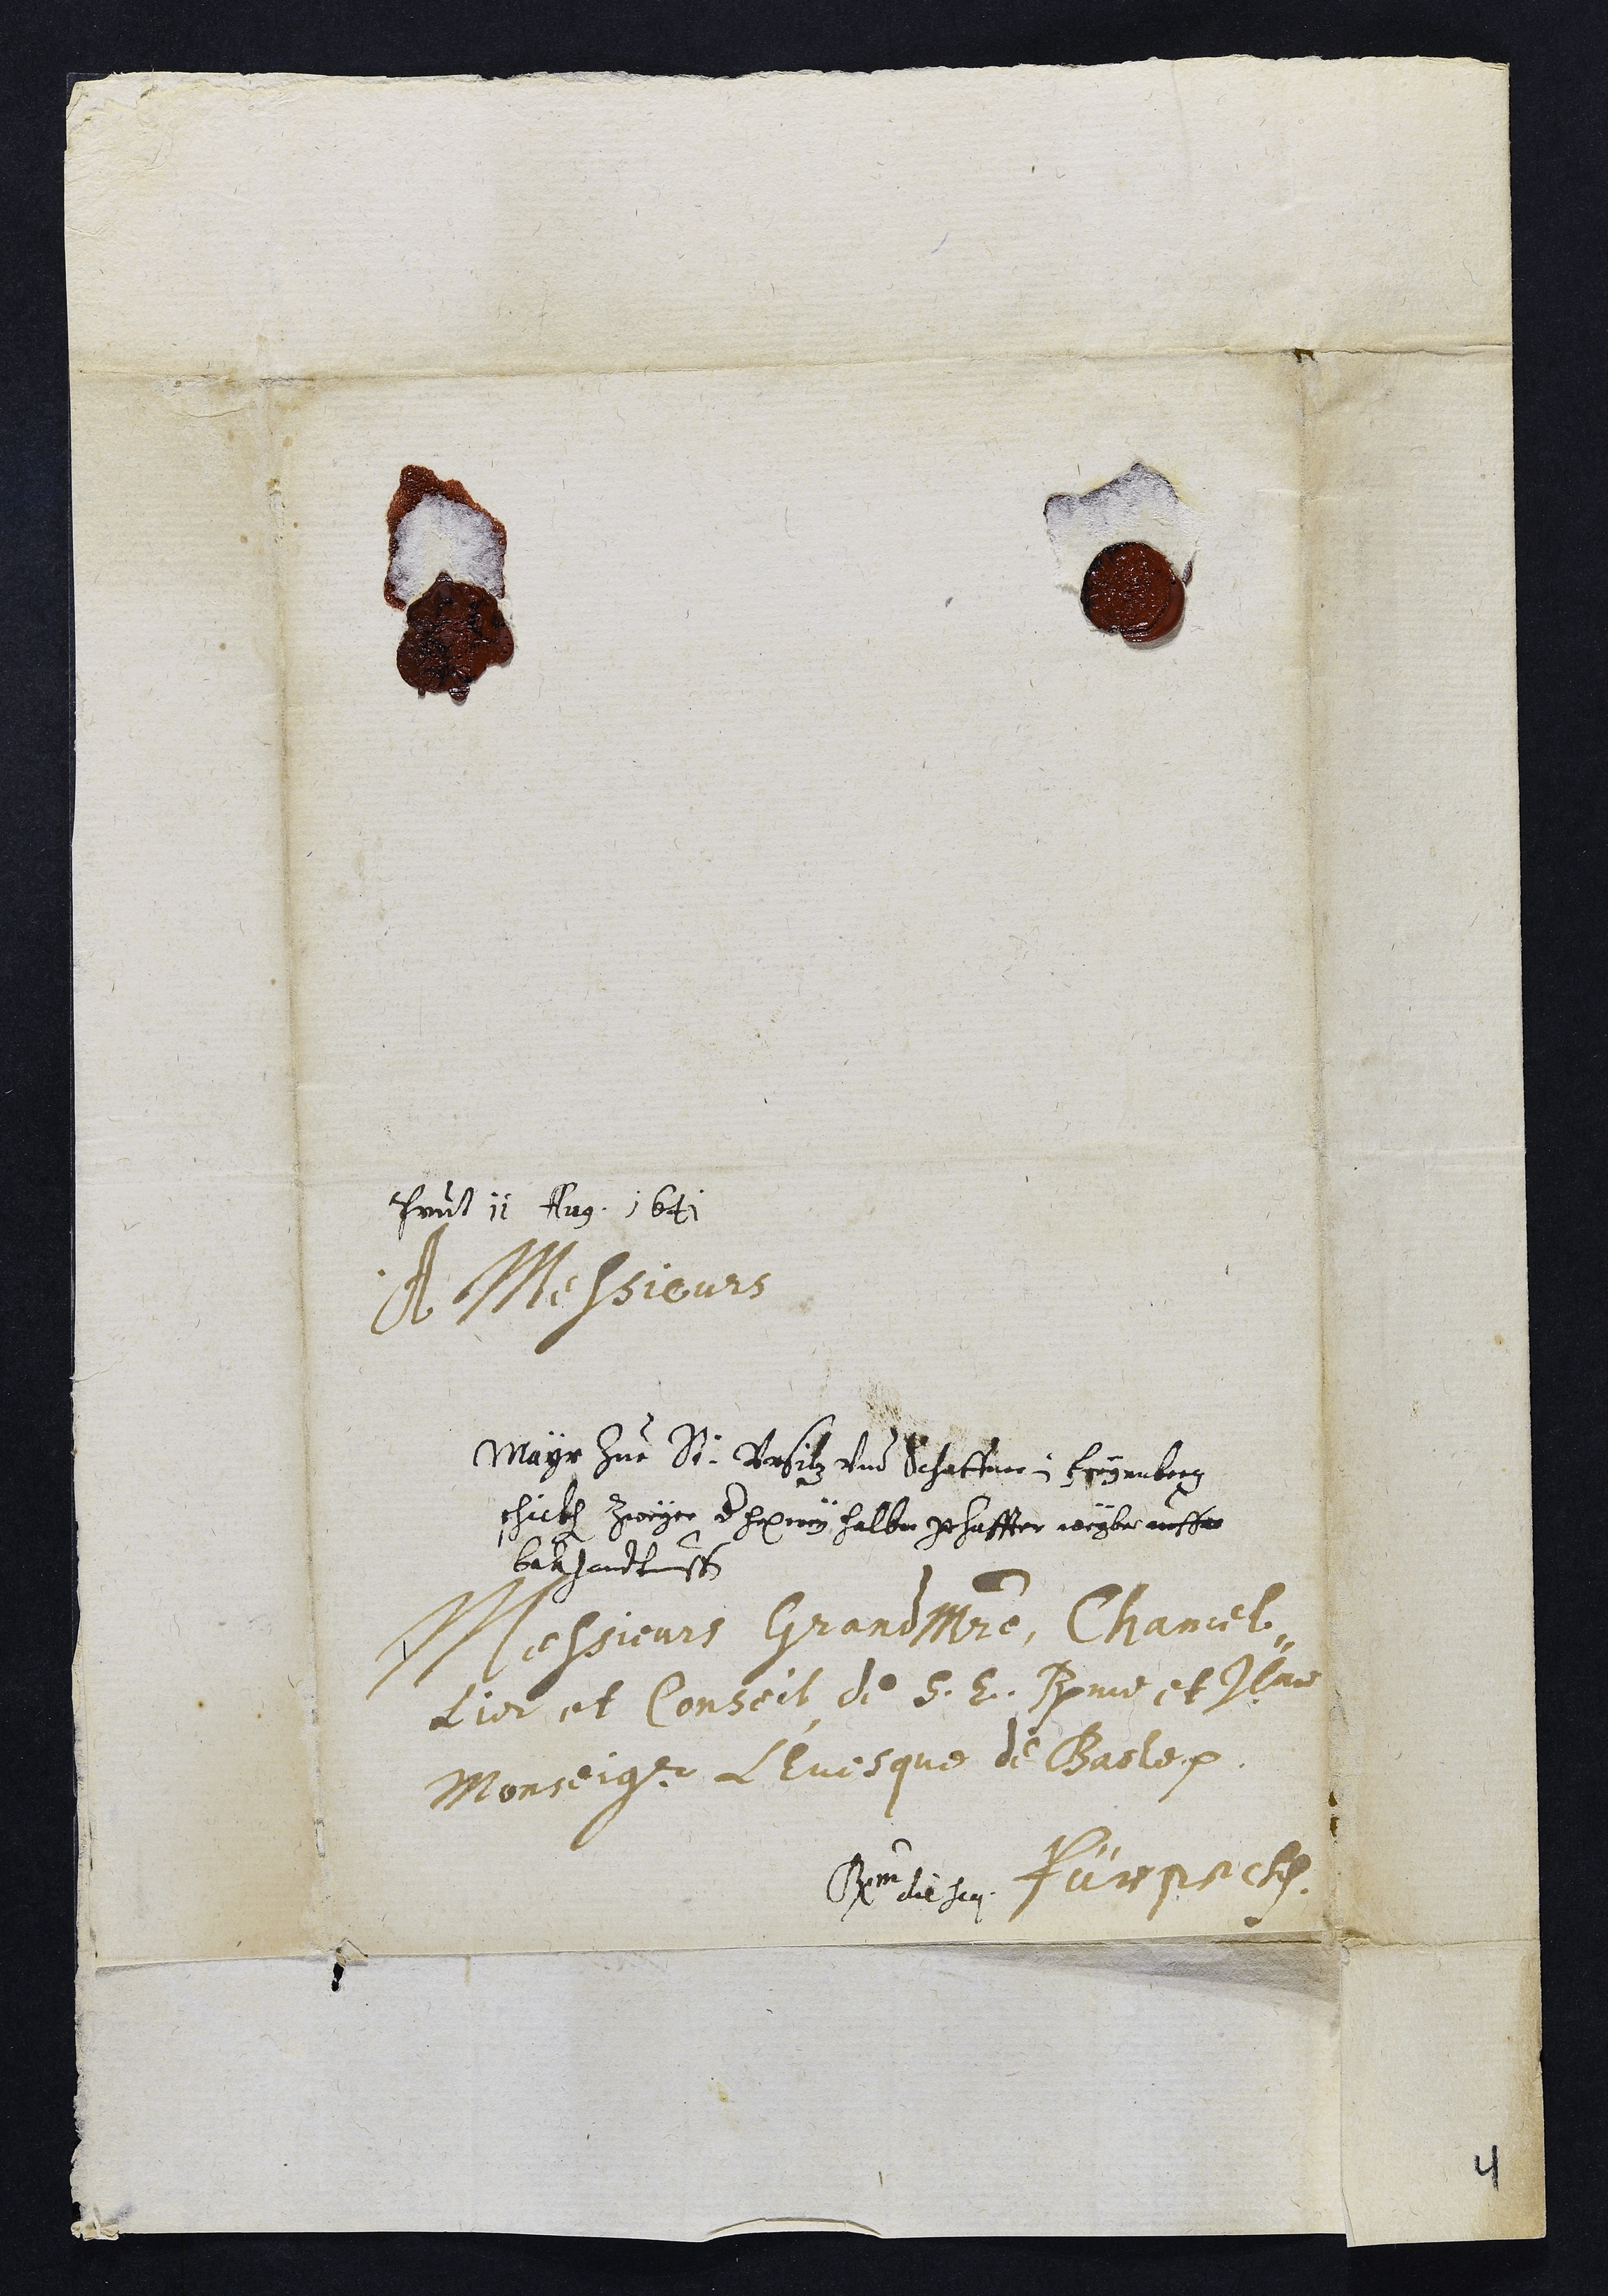
Presentatum 11 Aug. 1641
A Messieurs
Messieurs Grand Maitre, Chancel¬
lier et Conseil de S. E. Rme et Ilme
Monseigr. l'Evesque de Basle.
Pürseckh
Mayr zue St. Vrsitz vnd Schaffner in freyenberg
schikhen zweyer der hexerey halber gehaffter weyber aussa
bekhandtnussen
Responsum die seq.
4